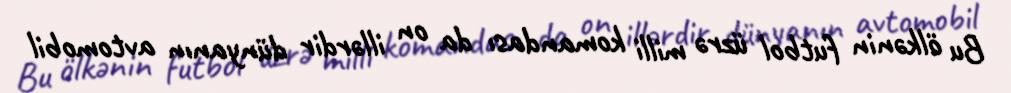
Bu ölkənin futbol üzrə milli komandası da on illərdir dünyanın avtomobil